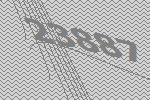
23887